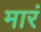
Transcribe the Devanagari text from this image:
मारं